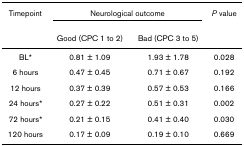
<table><thead><tr><td><b>Timepoint</b></td><td colspan="2"><b>Neurological outcome</b></td><td><b><i>P </i>value</b></td></tr><tr><td></td><td><b>Good (CPC 1 to 2)</b></td><td><b>Bad (CPC 3 to 5)</b></td><td></td></tr></thead><tbody><tr><td>BL*</td><td>0.81 ± 1.09</td><td>1.93 ± 1.78</td><td>0.028</td></tr><tr><td>6 hours</td><td>0.47 ± 0.45</td><td>0.71 ± 0.67</td><td>0.192</td></tr><tr><td>12 hours</td><td>0.37 ± 0.39</td><td>0.57 ± 0.53</td><td>0.166</td></tr><tr><td>24 hours*</td><td>0.27 ± 0.22</td><td>0.51 ± 0.31</td><td>0.002</td></tr><tr><td>72 hours*</td><td>0.21 ± 0.15</td><td>0.41 ± 0.40</td><td>0.030</td></tr><tr><td>120 hours</td><td>0.17 ± 0.09</td><td>0.19 ± 0.10</td><td>0.669</td></tr></tbody></table>